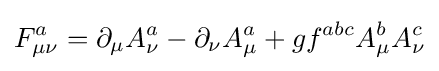
F_{\mu \nu }^{a}=\partial _{\mu }A_{\nu }^{a}-\partial _{\nu }A_{\mu }^{a}+gf^{abc}A_{\mu }^{b}A_{\nu }^{c}